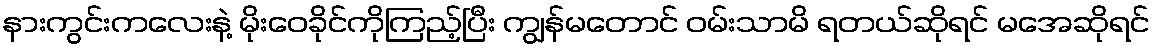
နားကွင်းကလေးနဲ့ မိုးဝေခိုင်ကိုကြည့်ပြီး ကျွန်မတောင် ဝမ်းသာမိ ရတယ်ဆိုရင် မအေဆိုရင်